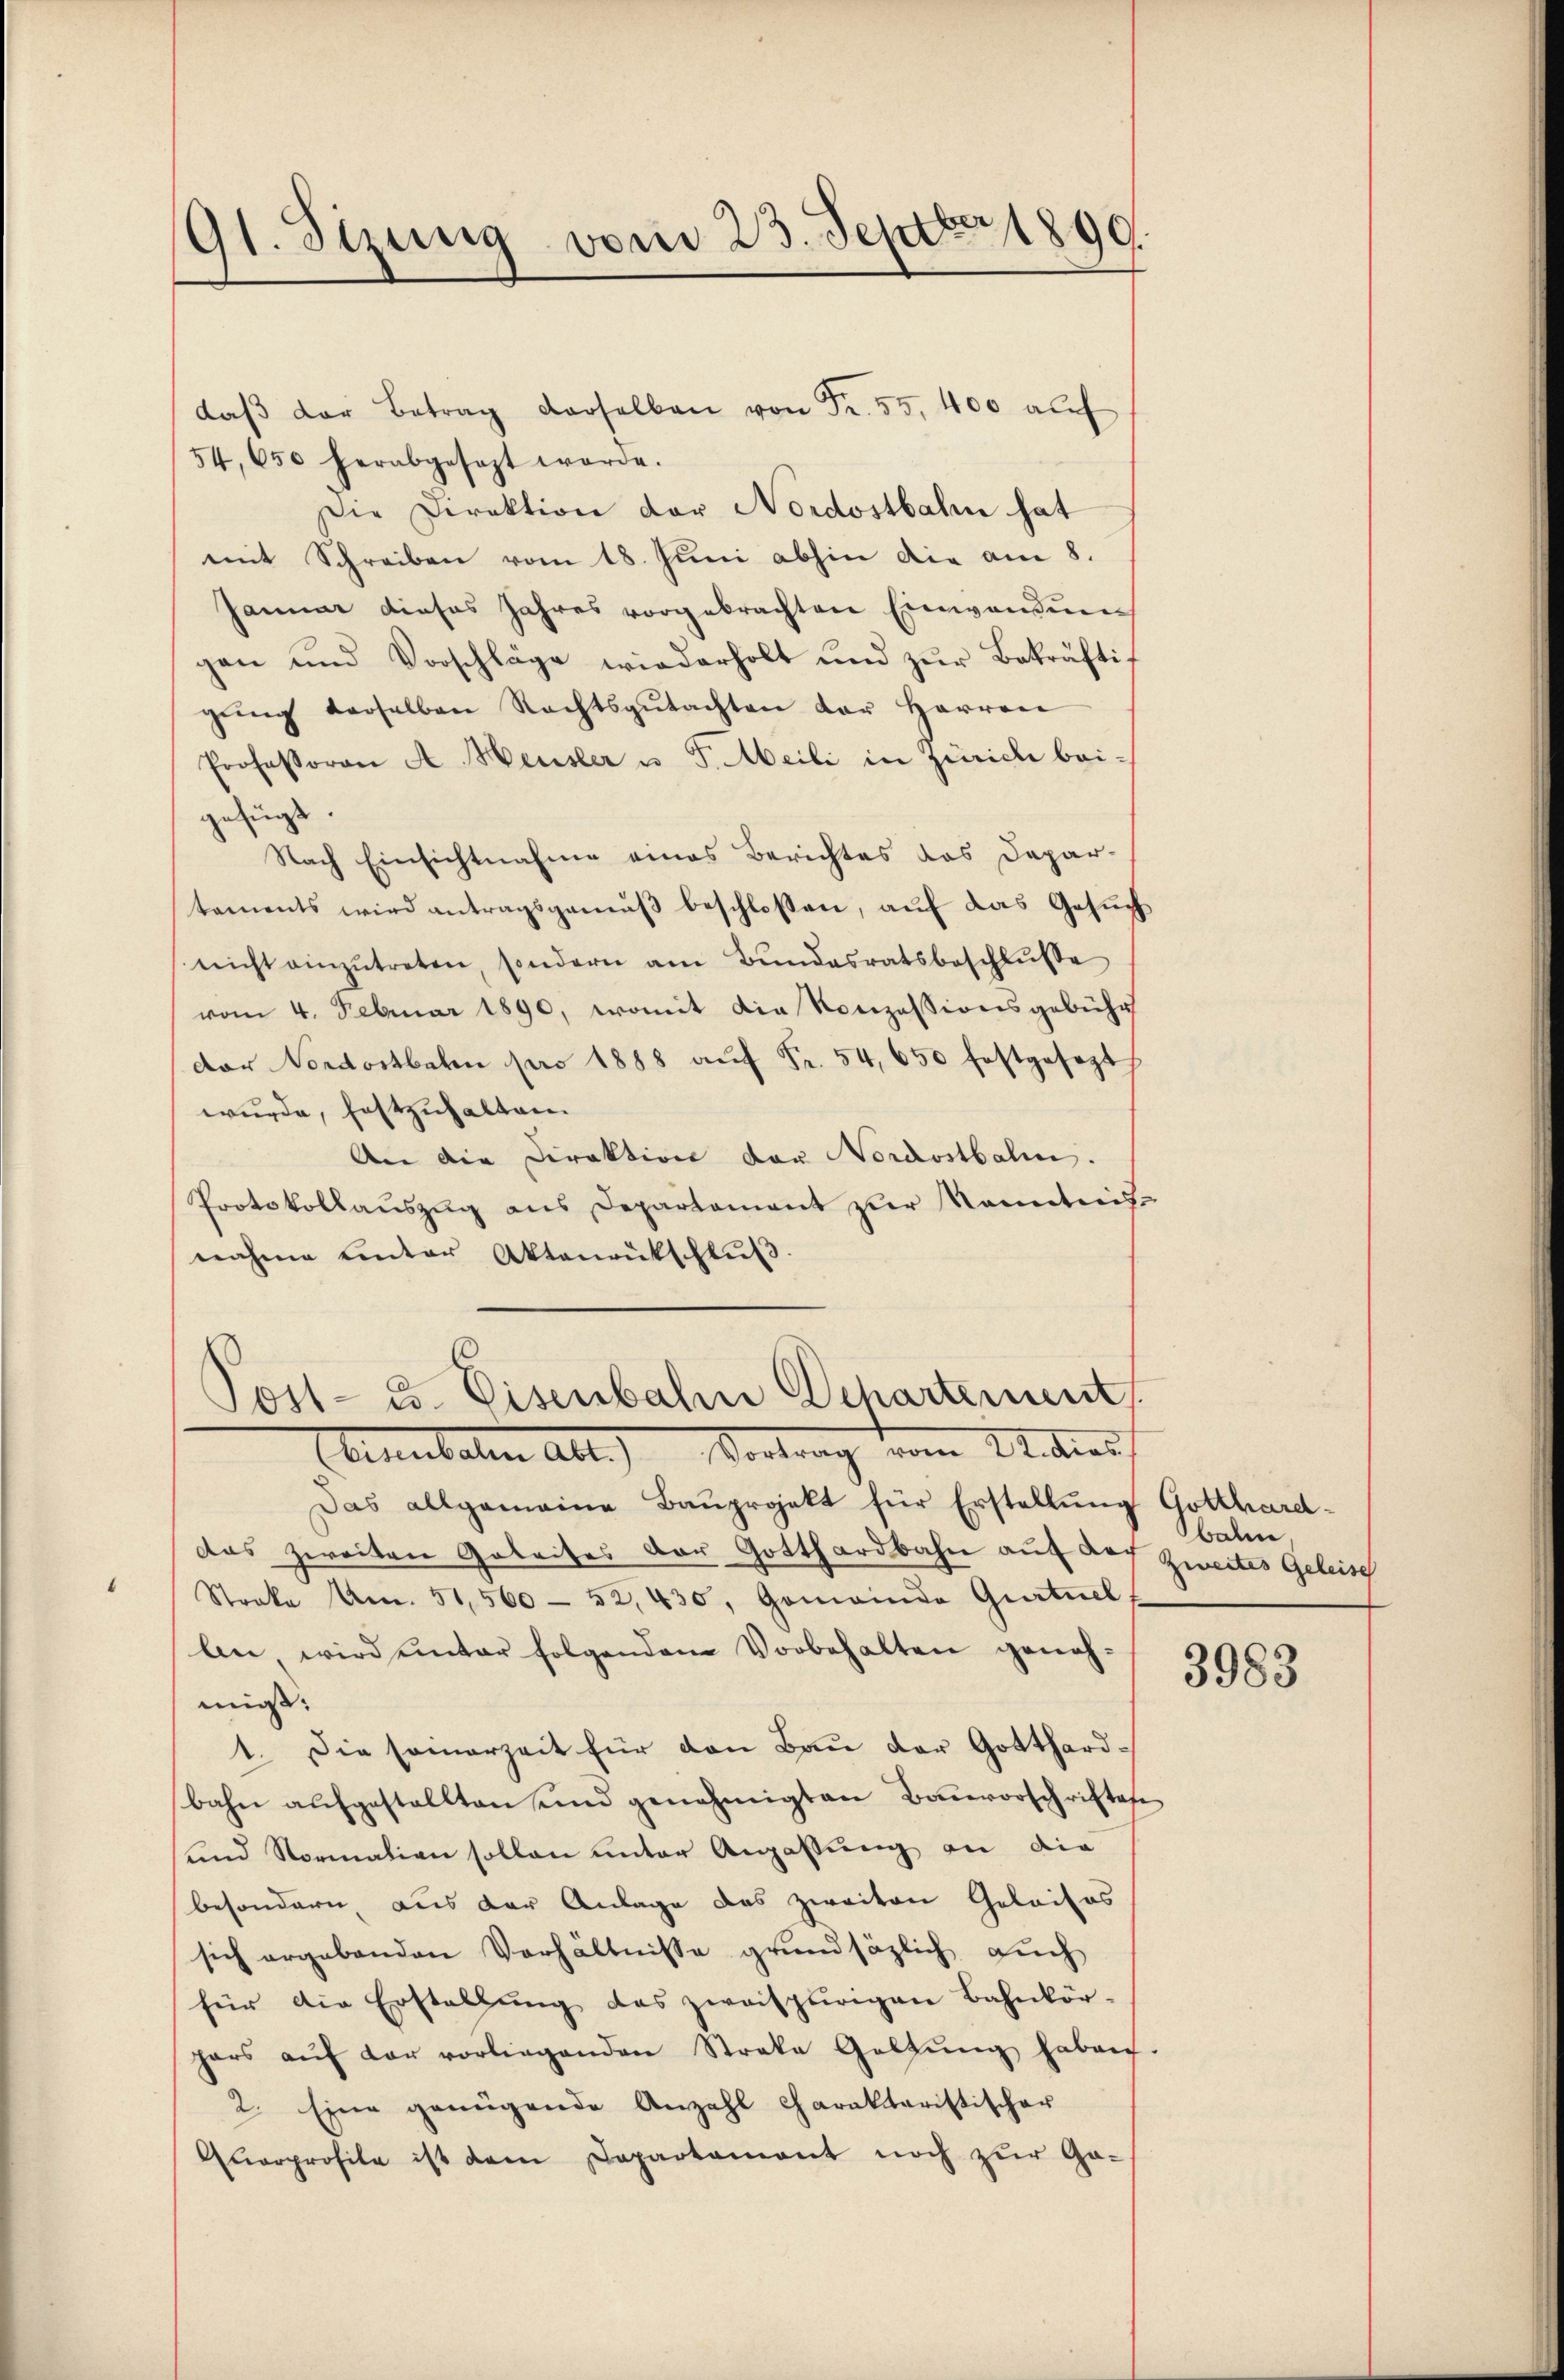
91. Sizung vom 23. Septbr 1890.

daβ der Betrag derselben von Fr. 55, 400 auf
54, 650 herabgesezt werde.
Die Direktion der Nordostbahn hat
mit Schreiben vom 18. Juni abhin die am 8.
Januar dieses Jahres vorgebrachten Einwandung
gan und Vorschläge wiederholt und zur Bekräftig
gŭng derselben Rechtsgŭtachten der Herren
Professoren A. Heusler u J. Meili in Zürich beigefügt.
Nach Einsichtnahme eines Berichtes das Depar-
taments wird antragsgemäβ beschlossen, aŭf das Gesŭch
nicht einzŭtreten, sondern am Bŭndesratsbeschlŭsse
vom 4. Februar 1890, womit die Konzessionsgebühr
der Nordostbahn pro 1888 aŭf Fr. 54, 650 festgesezth
wurde, festzuhalten.
An die Direktion der Nordostbali.
Protokollaŭszŭg ans Departement zŭr Kenntnis-
nahme einter Aktenrückschlŭβ

Post- u. Eisenbahn Departement
Annulaten Abt.) Vortrag vom Studios

Das allgemeine Baŭprojekt für Erstellŭng Gotthard-
das zweiten Geleites der Gotthardbahn auf des Zweites Geleisch
Streke Am. 51,560 - 52, 430, Gemeinde Gurtuel
an, wird unter folgendem Vorbehalten genehmigt:
1. Die seinerzeit für den Bau der Gotthardbahn aŭfgestellten und genehmigten Bauvorschriftese
und Normation sollen unter Anpassung an die
besondern, aus der Anlage das zweiten Golaifos
sich ergebenden Verhältnisse grundsäzlich auch
für die Erstellŭng des zweifpurigen Bahnkör-
hars aŭf der vorliegenden Streke Geltŭng haben.
2. Eine genügende Anzahl Charaktaristischer
Quorprofile ist dem Departament noch zur Ge-

balm,

3983